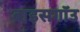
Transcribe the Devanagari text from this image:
ब्राइसगॉउ